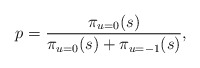
\begin{align*}p_{} = \frac{\pi_{u=0}(s)}{\pi_{u=0}(s) + \pi_{u = -1}(s)},\end{align*}